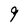
Character: 9